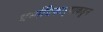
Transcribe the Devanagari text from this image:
धर्माधिकार्‍याकडून